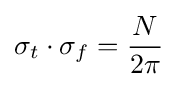
\sigma _{t}\cdot \sigma _{f}={\frac {N}{2\pi }}